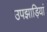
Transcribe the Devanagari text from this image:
उपझाड़ियां